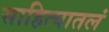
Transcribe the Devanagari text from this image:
साहित्यातलं